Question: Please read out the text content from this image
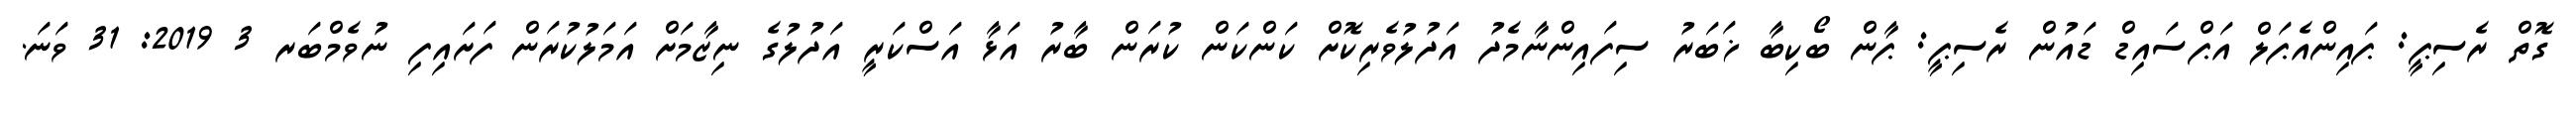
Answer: ގޮތް ރެސިޕީ: ޕައިންއެޕަލް އަޕްސައިޑް ޑައުން ރެސިޕީ: ޕާން ބޯކިބާ ޚަބަރު ސިފައިންނާމެދު އަދުލުވެރިކޮށް ކަންކަން ކުރަން ބާރު އަޅާ އަސްކަރީ އަދުލުގެ ނިޒާމަށް އަމަލުކުރަން ފަށައިފި ނުވެމްބަރ 3 2019: 31 ވަނަ.